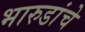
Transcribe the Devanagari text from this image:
भारुडांचे